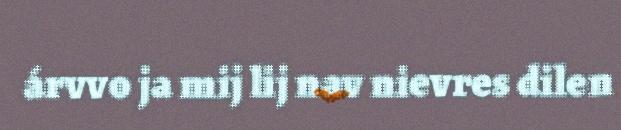
árvvo ja mij lij nav nievres dilen